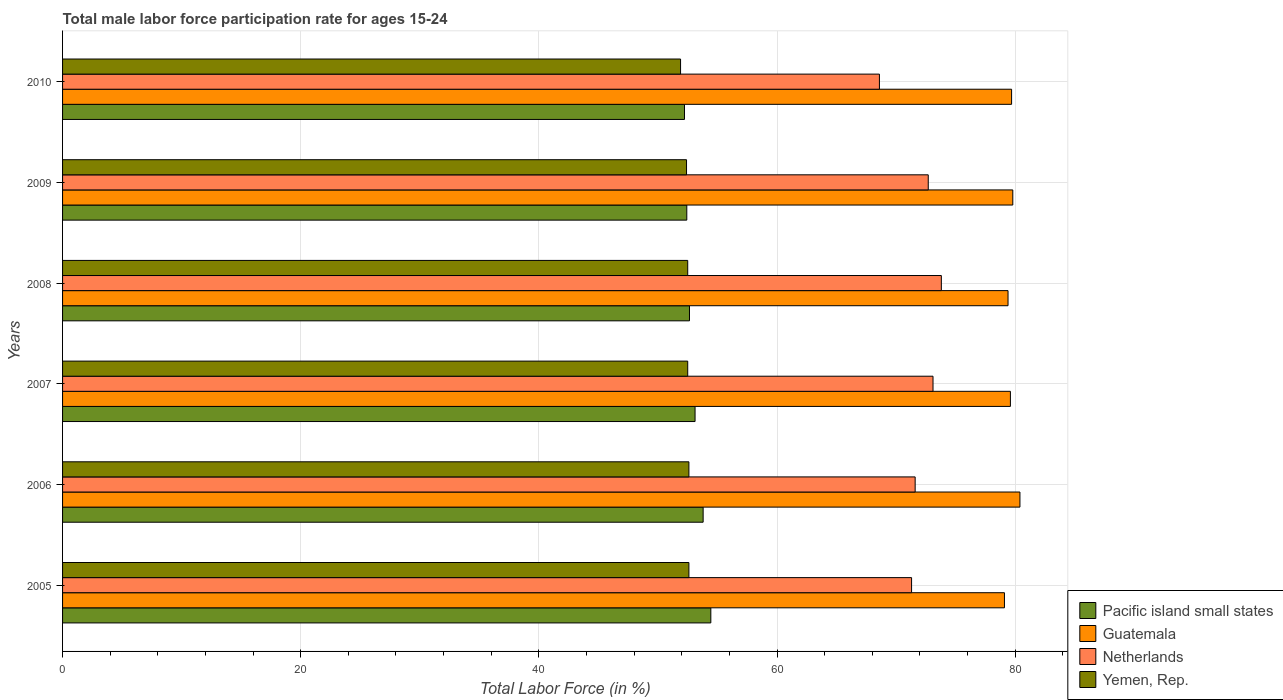
| Years | Pacific island small states | Guatemala | Netherlands | Yemen, Rep. |
 | --- | --- | --- | --- | --- |
 | 2005 | 54.4 | 79.1 | 71.3 | 52.6 |
 | 2006 | 53.8 | 80.4 | 71.6 | 52.6 |
 | 2007 | 53.1 | 79.6 | 73.1 | 52.5 |
 | 2008 | 52.6 | 79.4 | 73.8 | 52.5 |
 | 2009 | 52.4 | 79.8 | 72.7 | 52.4 |
 | 2010 | 52.2 | 79.7 | 68.6 | 51.9 |